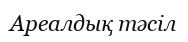
Ареалдық тәсіл